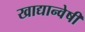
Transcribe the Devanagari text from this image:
खाद्यान्वेषी